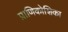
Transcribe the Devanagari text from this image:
प्राणिकोशिका